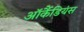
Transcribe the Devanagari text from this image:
ऑर्कैडियंस